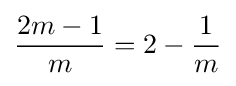
{\frac {2m-1}{m}}=2-{\frac {1}{m}}